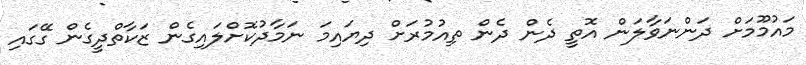
މައުމޫމަށް ދަންނަވާލަން އޮތީ ދެން ދެން ތިއުމުރަށް ދިޔައިމަ ނަމާދުކޮށްލައިގެން ޒަކާތްދީގެން ގޭގައި